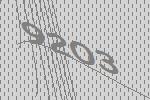
9203